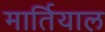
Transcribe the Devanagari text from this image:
मार्तियाल